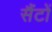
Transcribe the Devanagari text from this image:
सैंटों